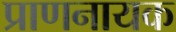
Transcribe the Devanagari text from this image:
प्राणनायक